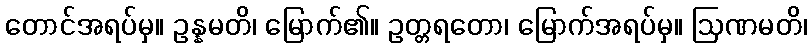
တောင်အရပ်မှ။ ဥန္နမတိ၊ မြောက်၏။ ဥတ္တရတော၊ မြောက်အရပ်မှ။ ဩဏမတိ၊